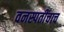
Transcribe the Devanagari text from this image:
वनस्पतींचाच